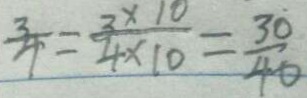
\frac { 3 } { 4 } = \frac { 3 \times 1 0 } { 4 \times 1 0 } = \frac { 3 0 } { 4 0 }